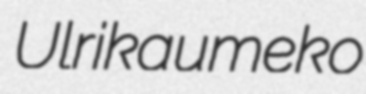
Ulrikaumeko